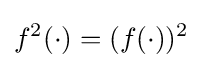
f^{2}(\cdot )=(f(\cdot ))^{2}